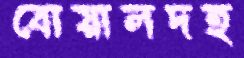
বোয়ালদহ